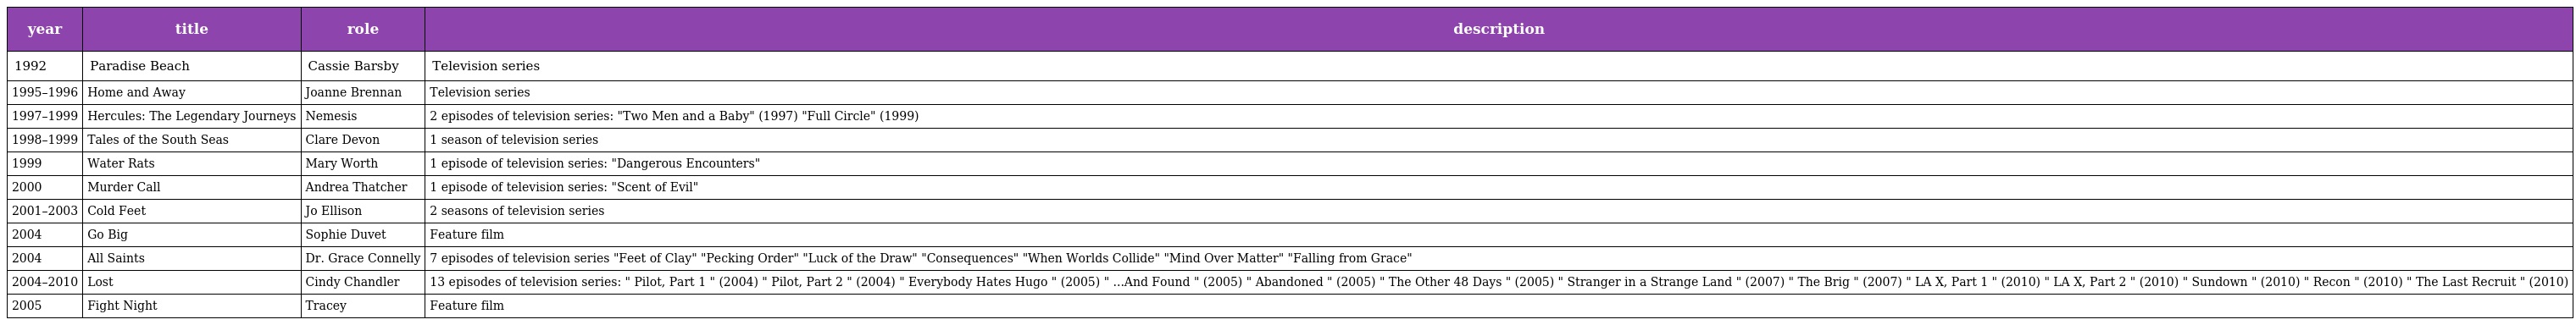
| year | title | role | description |
 | --- | --- | --- | --- |
 | 1992 | Paradise Beach | Cassie Barsby | Television series |
 | 1995–1996 | Home and Away | Joanne Brennan | Television series |
 | 1997–1999 | Hercules: The Legendary Journeys | Nemesis | 2 episodes of television series: "Two Men and a Baby" (1997) "Full Circle" (1999) |
 | 1998–1999 | Tales of the South Seas | Clare Devon | 1 season of television series |
 | 1999 | Water Rats | Mary Worth | 1 episode of television series: "Dangerous Encounters" |
 | 2000 | Murder Call | Andrea Thatcher | 1 episode of television series: "Scent of Evil" |
 | 2001–2003 | Cold Feet | Jo Ellison | 2 seasons of television series |
 | 2004 | Go Big | Sophie Duvet | Feature film |
 | 2004 | All Saints | Dr. Grace Connelly | 7 episodes of television series "Feet of Clay" "Pecking Order" "Luck of the Draw" "Consequences" "When Worlds Collide" "Mind Over Matter" "Falling from Grace" |
 | 2004–2010 | Lost | Cindy Chandler | 13 episodes of television series: " Pilot, Part 1 " (2004) " Pilot, Part 2 " (2004) " Everybody Hates Hugo " (2005) " ...And Found " (2005) " Abandoned " (2005) " The Other 48 Days " (2005) " Stranger in a Strange Land " (2007) " The Brig " (2007) " LA X, Part 1 " (2010) " LA X, Part 2 " (2010) " Sundown " (2010) " Recon " (2010) " The Last Recruit " (2010) |
 | 2005 | Fight Night | Tracey | Feature film |